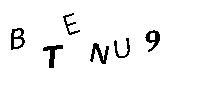
BTENU9